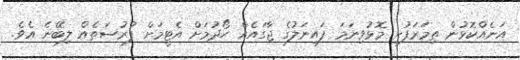
އަނެއްކޮޅުން ތިމަރަފުށި މޮޅުވިނަމަ ފައިނަލުގެ ޖާގައެއް ހޯދުމަށް އެޓީމަށް ފުރުސަތެއް ލިބޭނެ އެވެ.